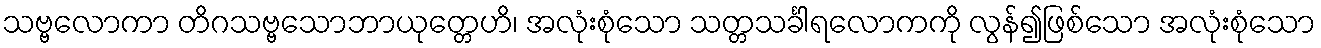
သဗ္ဗလောကာ တိဂသဗ္ဗသောဘာယုတ္တေဟိ၊ အလုံးစုံသော သတ္တသင်္ခါရလောကကို လွန်၍ဖြစ်သော အလုံးစုံသော